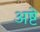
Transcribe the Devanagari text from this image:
अष्टे